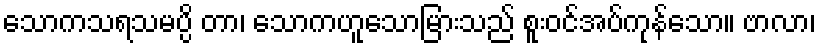
သောကသရသမပ္ပိ တာ၊ သောကဟူသောမြားသည် စူးဝင်အပ်ကုန်သော။ ဗာလာ၊